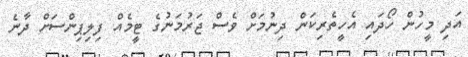
އަދި މީހުން ހޯދައި އެހީތެރިކަން ދިނުމަށް ވެސް ޖަރުމަނުގެ ޓީމެއް ފިލިޕިންސަށް ދާނެ